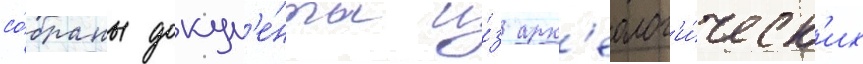
со́браны докум'е́нты и́з арх'еолог'и́ческ'их